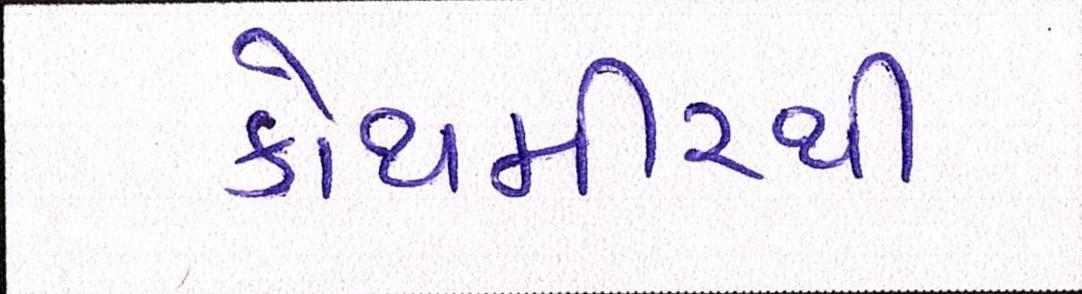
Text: કોથમીરથી